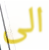
الى